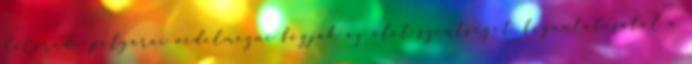
Colorado polgárai védelmezni fogják az élet szentségét, fogantatásától a